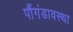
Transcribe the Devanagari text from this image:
पौंगंडावस्था